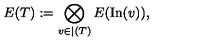
E ( T ) : = \bigotimes _ { v \in \vert ( T ) } E ( \mathrm { I n } ( v ) ) ,